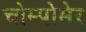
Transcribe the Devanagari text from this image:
चोम्पोसेर्